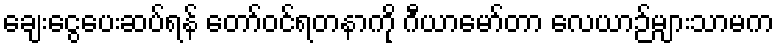
ချေးငွေပေးဆပ်ရန် တော်ဝင်ရတနာကို ဂီယာမော်တာ လေယာဉ်များသာမက